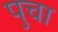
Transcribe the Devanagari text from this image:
पुचा